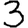
Digit: 3